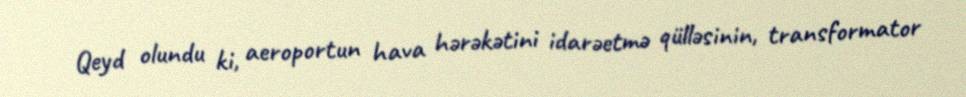
Qeyd olundu ki, aeroportun hava hərəkətini idarəetmə qülləsinin, transformator